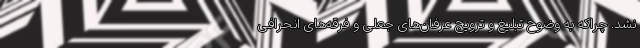
نشد. چراکه به وضوح تبلیغ و ترویج عرفان‌های جعلی و فرقه‌های انحرافی